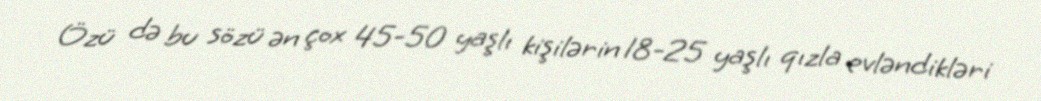
Özü də bu sözü ən çox 45-50 yaşlı kişilərin 18-25 yaşlı qızla evləndikləri